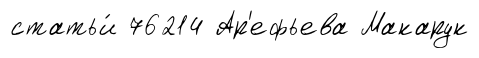
статьи́ 76214 Ар'ефьева Макарук